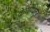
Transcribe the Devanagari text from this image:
क्लेयोपेट्रा